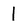
Character: 1